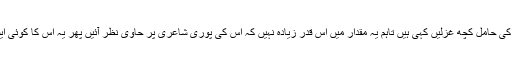
عطا شاد نے کلاسیکی اسلوب کی حامل کچھ غزلیں کہی ہیں تاہم یہ مقدار میں اس قدر زیادہ نہیں کہ اس کی پوری شاعری پر حاوی نظر آئیں پھر یہ اس کا کوئی ایسا ناقابلِ معافی جرم نہیں ہے۔